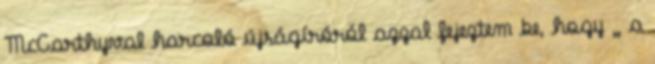
McCarthyval harcoló újságíróról azzal fejeztem be, hogy „ a